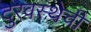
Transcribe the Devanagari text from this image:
दुरवस्थेची